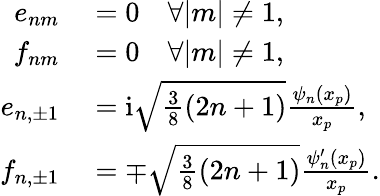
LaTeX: \begin{array}{rl}{e_{nm}}&{{}=0\quad\forall|m|\neq 1,}\\ {f_{nm}}&{{}=0\quad\forall|m|\neq 1,}\\ {e_{n,\pm 1}}&{{}=\mathrm{i}\sqrt{\frac{3}{8}(2n+1)}\frac{\psi_{n}(x_{p})}{x_{p}},}\\ {f_{n,\pm 1}}&{{}=\mp\sqrt{\frac{3}{8}(2n+1)}\frac{\psi_{n}^{\prime}(x_{p})}{x_{p}}.}\end{array}